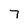
Character: 7